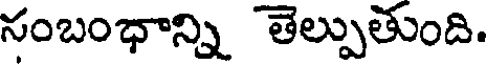
సంబంధాన్ని తెల్పుతుంది.